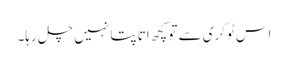
اس ٹوکری سے تو کچھ اتا پتا نہیں چل رہا۔